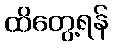
ထိတွေ့ရန်